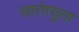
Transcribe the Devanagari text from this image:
सारंगसुता